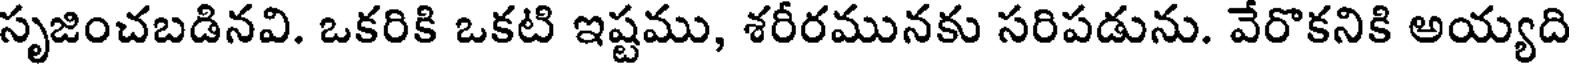
సృజించబడినవి. ఒకరికి ఒకటి ఇష్టము, శరీరమునకు సరిపడును. వేరొకనికి అయ్యది